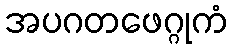
အပဂတဖေဂ္ဂုကံ